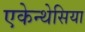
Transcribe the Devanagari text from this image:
एकेन्थेसिया